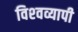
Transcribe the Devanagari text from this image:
विश्‍वव्यापी